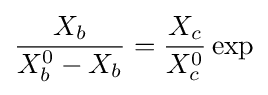
{\frac {X_{b}}{X_{b}^{0}-X_{b}}}={\frac {X_{c}}{X_{c}^{0}}}\exp